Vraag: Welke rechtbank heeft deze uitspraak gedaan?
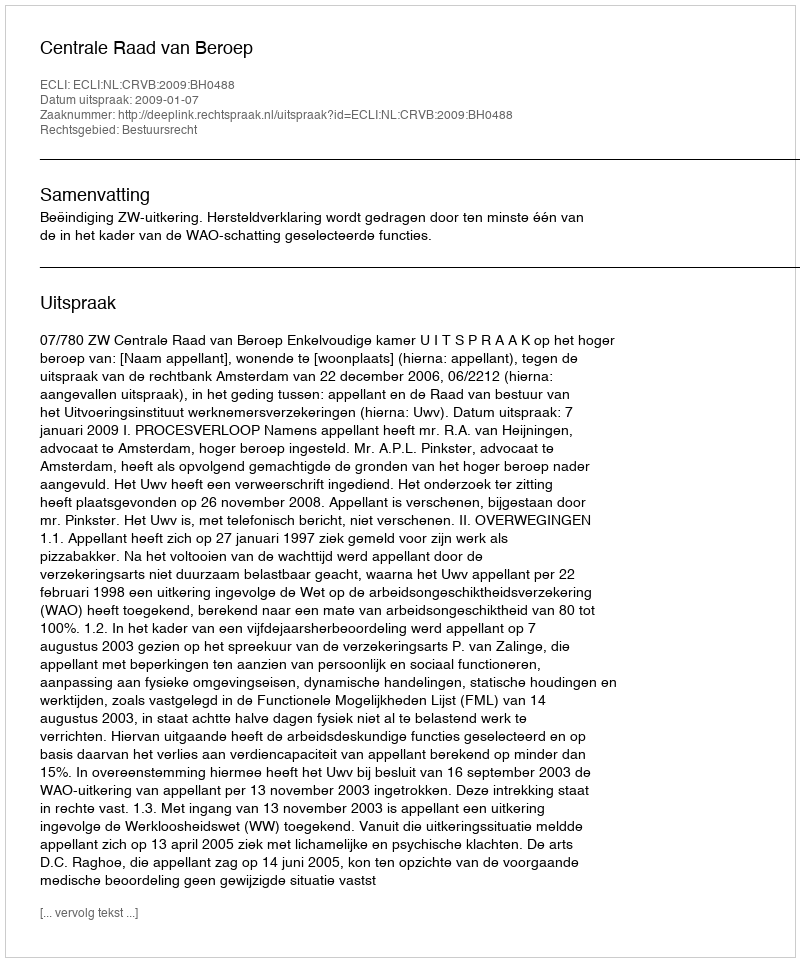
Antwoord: Centrale Raad van Beroep